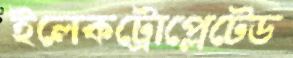
ইলেকট্রোপ্লেটেড